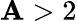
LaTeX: \mathbf{A}>2